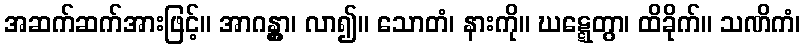
အဆက်ဆက်အားဖြင့်။ အာဂန္တွာ၊ လာ၍။ သောတံ၊ နားကို။ ဃဋ္ဋေတွာ၊ ထိခိုက်။ သဏိကံ၊